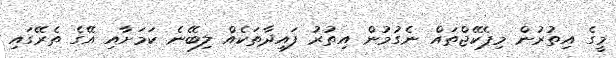
މީގެ އިތުރުން މިޕެކޭޖްތައް ނެގުމުން އިތުރު ފައިދާތަކެއް ލިބޭނެ ކަަމަށާއި އޭގެ ތެރޭގައި